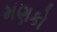
મણકો